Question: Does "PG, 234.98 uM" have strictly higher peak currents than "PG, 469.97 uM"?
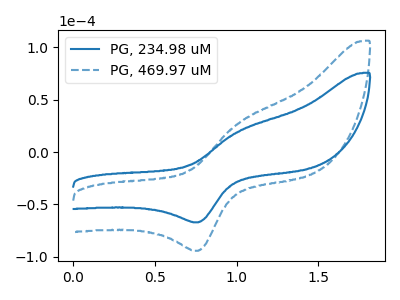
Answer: <think>The blue curve "PG, 234.98 uM" has an anodic peak at (1.00V, 20.30uA) and a cathodic peak at (0.75V, -67.05uA). The blue dashed curve "PG, 469.97 uM" has an anodic peak at (1.00V, 28.55uA) and a cathodic peak at (0.75V, -94.20uA).</think>
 <answer>Every peak in "PG, 234.98 uM" is lower than every peak in "PG, 469.97 uM".</answer>
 <eval>lower</eval>